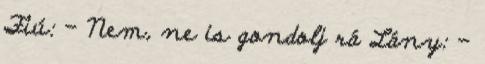
Fiú: – Nem, ne is gondolj rá Lány: –